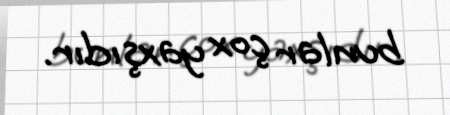
bunlar çox yaxşıdır.